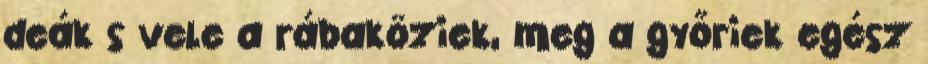
deák s vele a rábaköziek, meg a győriek egész